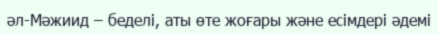
әл-Мәжиид – беделі, аты өте жоғары және есімдері әдемі